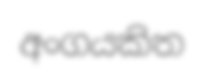
අංගයකිත